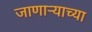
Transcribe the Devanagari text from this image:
जाणार्‍याच्या